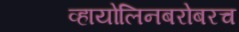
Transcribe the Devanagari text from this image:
व्हायोलिनबरोबरच